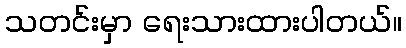
သတင်းမှာ ရေးသားထားပါတယ်။